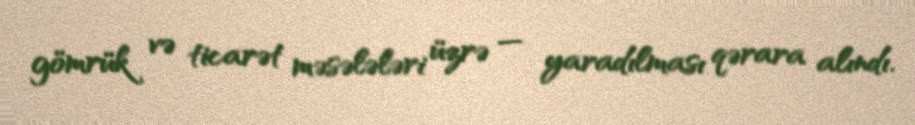
gömrük və ticarət məsələləri üzrə — yaradılması qərara alındı.